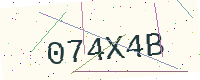
Text: 074X4B